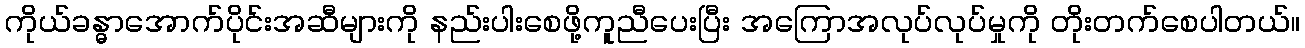
ကိုယ်ခန္ဓာအောက်ပိုင်းအဆီများကို နည်းပါးစေဖို့ကူညီပေးပြီး အကြောအလုပ်လုပ်မှုကို တိုးတက်စေပါတယ်။